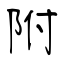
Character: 附